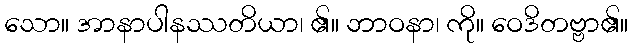
သော။ အာနာပါနဿတိယာ၊ ၏။ ဘာဝနာ၊ ကို။ ဝေဒိတဗ္ဗာ၏။